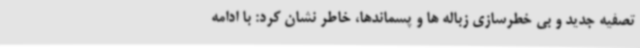
تصفیه جدید و بی خطرسازی زباله ها و پسماندها، خاطر نشان کرد: با ادامه